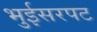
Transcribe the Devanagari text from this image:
भुईसरपट